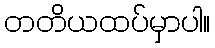
တတိယထပ်မှာပါ။